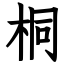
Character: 桐